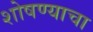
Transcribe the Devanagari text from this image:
शोषण्याचा